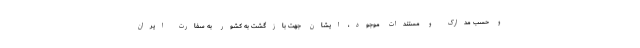
و حسب مدارک و مستندات موجود، ایشان جهت بازگشت به کشور به سفارت ایران